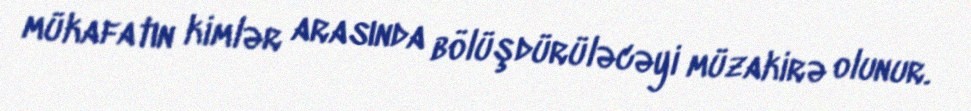
mükafatın kimlər arasında bölüşdürüləcəyi müzakirə olunur.